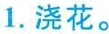
1.浇花。